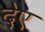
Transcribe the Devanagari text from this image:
देए